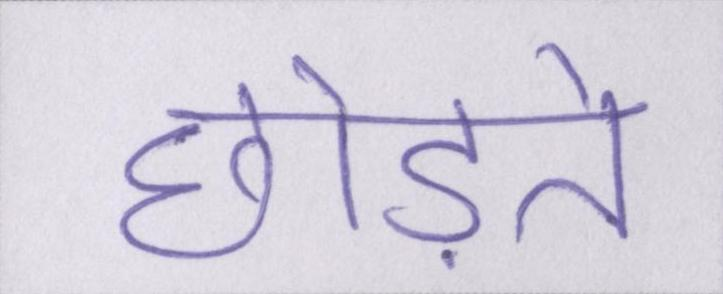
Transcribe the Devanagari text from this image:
छोड़ते